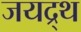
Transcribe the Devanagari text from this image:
जयद्र्थ